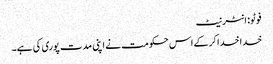
فوٹو: انٹرنیٹ
خدا خدا کرکے اس حکومت نے اپنی مدت پوری کی ہے۔